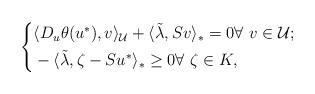
LaTeX: \begin{align*}\left\{\begin{aligned}&\langle D_u\theta(u^*), v\rangle_\mathcal{U} + \langle \tilde{\lambda}, Sv\rangle_* = 0\forall\ v\in \mathcal{U};\\& -\langle \tilde{\lambda}, \zeta - Su^*\rangle_* \geq 0\forall\ \zeta\in K,\end{aligned}\right.\end{align*}